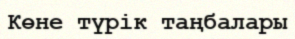
Көне түрік таңбалары